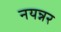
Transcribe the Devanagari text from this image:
नयन्नर